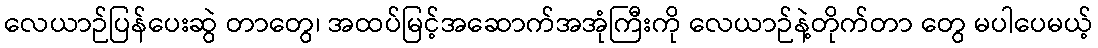
လေယာဉ်ပြန်ပေးဆွဲ တာတွေ၊ အထပ်မြင့်အဆောက်အအုံကြီးကို လေယာဉ်နဲ့တိုက်တာ တွေ မပါပေမယ့်